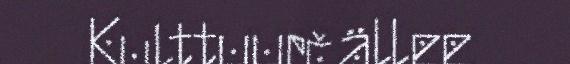
Kulttuurčällee